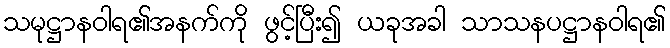
သမုဋ္ဌာနဝါရ၏အနက်ကို ဖွင့်ပြီး၍ ယခုအခါ သာသနပဋ္ဌာနဝါရ၏